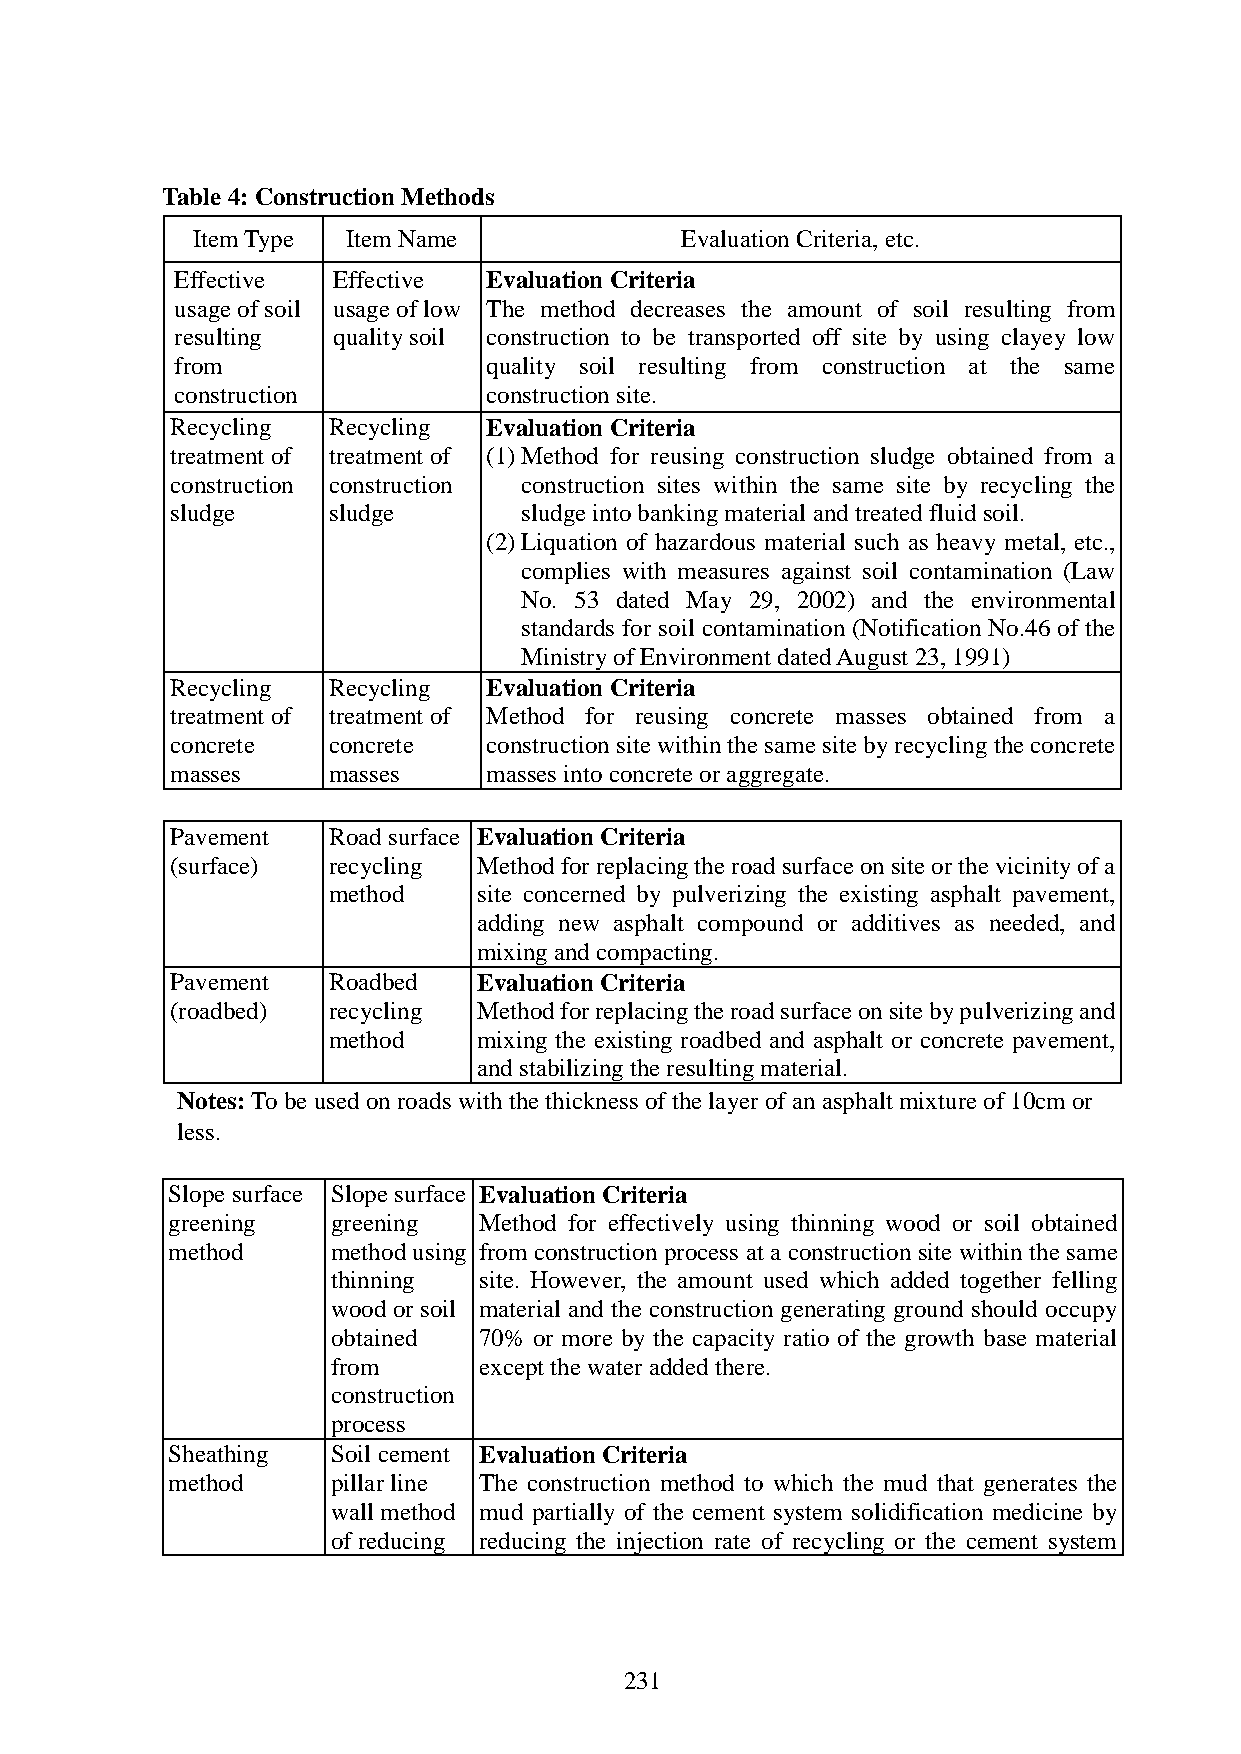
Table 4: Construction Methods
 Item Type Item Name             Evaluation Criteria, etc.
 Effective Effective Evaluation Criteria
 usage of soil usage of low The method decreases the amount of soil resulting from
 resulting quality soil construction to be transported off site by using clayey low
 from                quality soil resulting from construction at the same
 construction        construction site.
 Recycling  Recycling Evaluation Criteria
 treatment of treatment of (1) Method for reusing construction sludge obtained from a
 construction construction construction sites within the same site by recycling the
 sludge     sludge      sludge into banking material and treated fluid soil.
 (2) Liquation of hazardous material such as heavy metal, etc.,
 complies with measures against soil contamination (Law
 No. 53 dated May 29, 2002) and the environmental
 standards for soil contamination (Notification No.46 of the
 Ministry of Environment dated August 23, 1991)
 Recycling  Recycling Evaluation Criteria
 treatment of treatment of Method for reusing concrete masses obtained from a
 concrete   concrete  construction site within the same site by recycling the concrete
 masses     masses    masses into concrete or aggregate.
 Pavement   Road surface Evaluation Criteria
 (surface)  recycling Method for replacing the road surface on site or the vicinity of a
 method    site concerned by pulverizing the existing asphalt pavement,
 adding new asphalt compound or additives as needed, and
 mixing and compacting.
 Pavement   Roadbed   Evaluation Criteria
 (roadbed)  recycling Method for replacing the road surface on site by pulverizing and
 method    mixing the existing roadbed and asphalt or concrete pavement,
 and stabilizing the resulting material.
 Notes: To be used on roads with the thickness of the layer of an asphalt mixture of 10cm or
 less.
 Slope surface Slope surface Evaluation Criteria
 greening   greening  Method for effectively using thinning wood or soil obtained
 method     method using from construction process at a construction site within the same
 thinning  site. However, the amount used which added together felling
 wood or soil material and the construction generating ground should occupy
 obtained  70% or more by the capacity ratio of the growth base material
 from      except the water added there.
 construction
 process
 Sheathing  Soil cement Evaluation Criteria
 method     pillar line The construction method to which the mud that generates the
 wall method mud partially of the cement system solidification medicine by
 of reducing reducing the injection rate of recycling or the cement system
 231